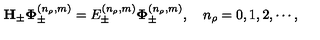
{ \bf H } _ { \pm } { \bf \Phi } _ { \pm } ^ { ( n _ { \rho } , m ) } = E _ { \pm } ^ { ( n _ { \rho } , m ) } { \bf \Phi } _ { \pm } ^ { ( n _ { \rho } , m ) } , \quad n _ { \rho } = 0 , 1 , 2 , \cdots ,